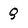
Character: Q